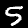
Digit: 5